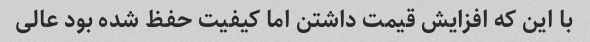
با این که افزایش قیمت داشتن اما کیفیت حفظ شده بود عالی